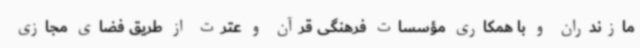
مازندران و با همکاری مؤسسات فرهنگی قرآن و عترت از طریق فضای مجازی